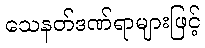
သေနတ်ဒဏ်ရာများဖြင့်